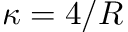
\kappa = 4 / R